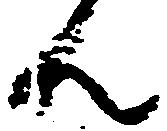
ん